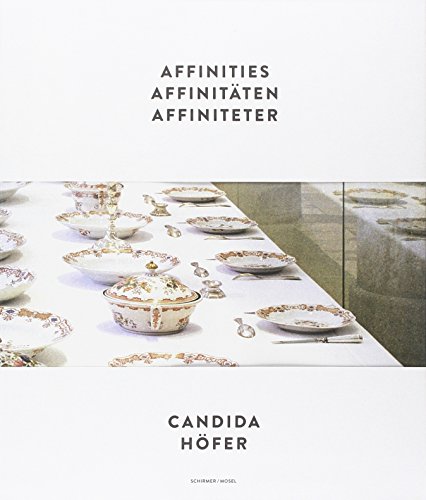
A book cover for Candida Hofer: Affinities; Bo Nilsson; Health, Fitness & Dieting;